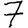
Digit: 7